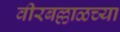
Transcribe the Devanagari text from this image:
वीरबल्लाळच्या